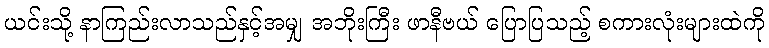
ယင်းသို့ နာကြည်းလာသည်နှင့်အမျှ အဘိုးကြီး ဖာနီဗယ် ပြောပြသည့် စကားလုံးများထဲကို